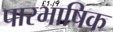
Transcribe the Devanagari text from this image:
पारभाषिक